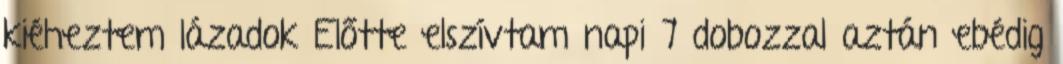
kiéheztem lázadok Előtte elszívtam napi 7 dobozzal aztán ebédig